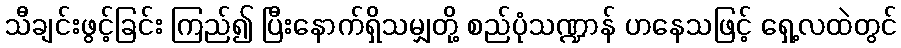
သီချင်းဖွင့်ခြင်း ကြည်၍ ပြီးနောက်ရှိသမျှတို့ စည်ပုံသဏ္ဍာန် ဟနေသဖြင့် ရှေ့လထဲတွင်